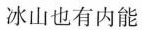
冰山也有内能